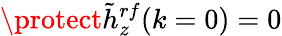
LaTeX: \protect\tilde{h}_{z}^{rf}(k=0)=0